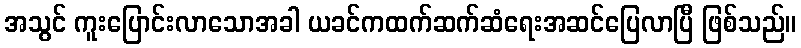
အသွင် ကူးပြောင်းလာသောအခါ ယခင်ကထက်ဆက်ဆံရေးအဆင်ပြေလာပြီ ဖြစ်သည်။